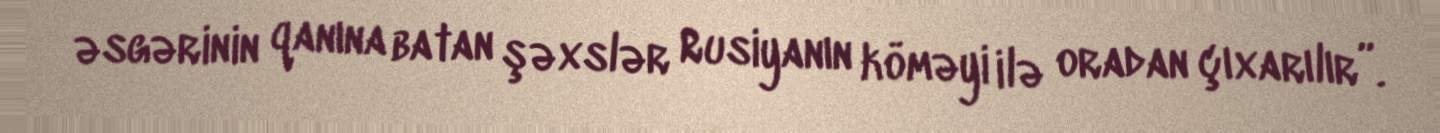
əsgərinin qanına batan şəxslər Rusiyanın köməyi ilə oradan çıxarılır”.